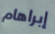
إبراهام